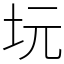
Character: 坃